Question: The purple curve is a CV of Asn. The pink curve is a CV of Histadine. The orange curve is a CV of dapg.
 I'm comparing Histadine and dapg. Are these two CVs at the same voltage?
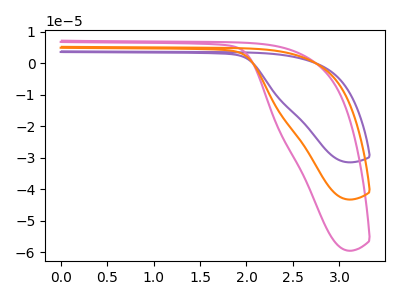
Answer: <think>The purple curve "Asn" has no peaks. The pink curve "Histadine" has no peaks. The orange curve "dapg" has no peaks.
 Neither "Histadine" or "dapg" have any peaks.</think>
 <answer>"Histadine" and "dapg" are similar in shape.</answer>
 <eval>same_shape</eval>